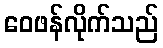
ဝေဖန်လိုက်သည်